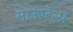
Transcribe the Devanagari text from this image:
माउण्टेन्स